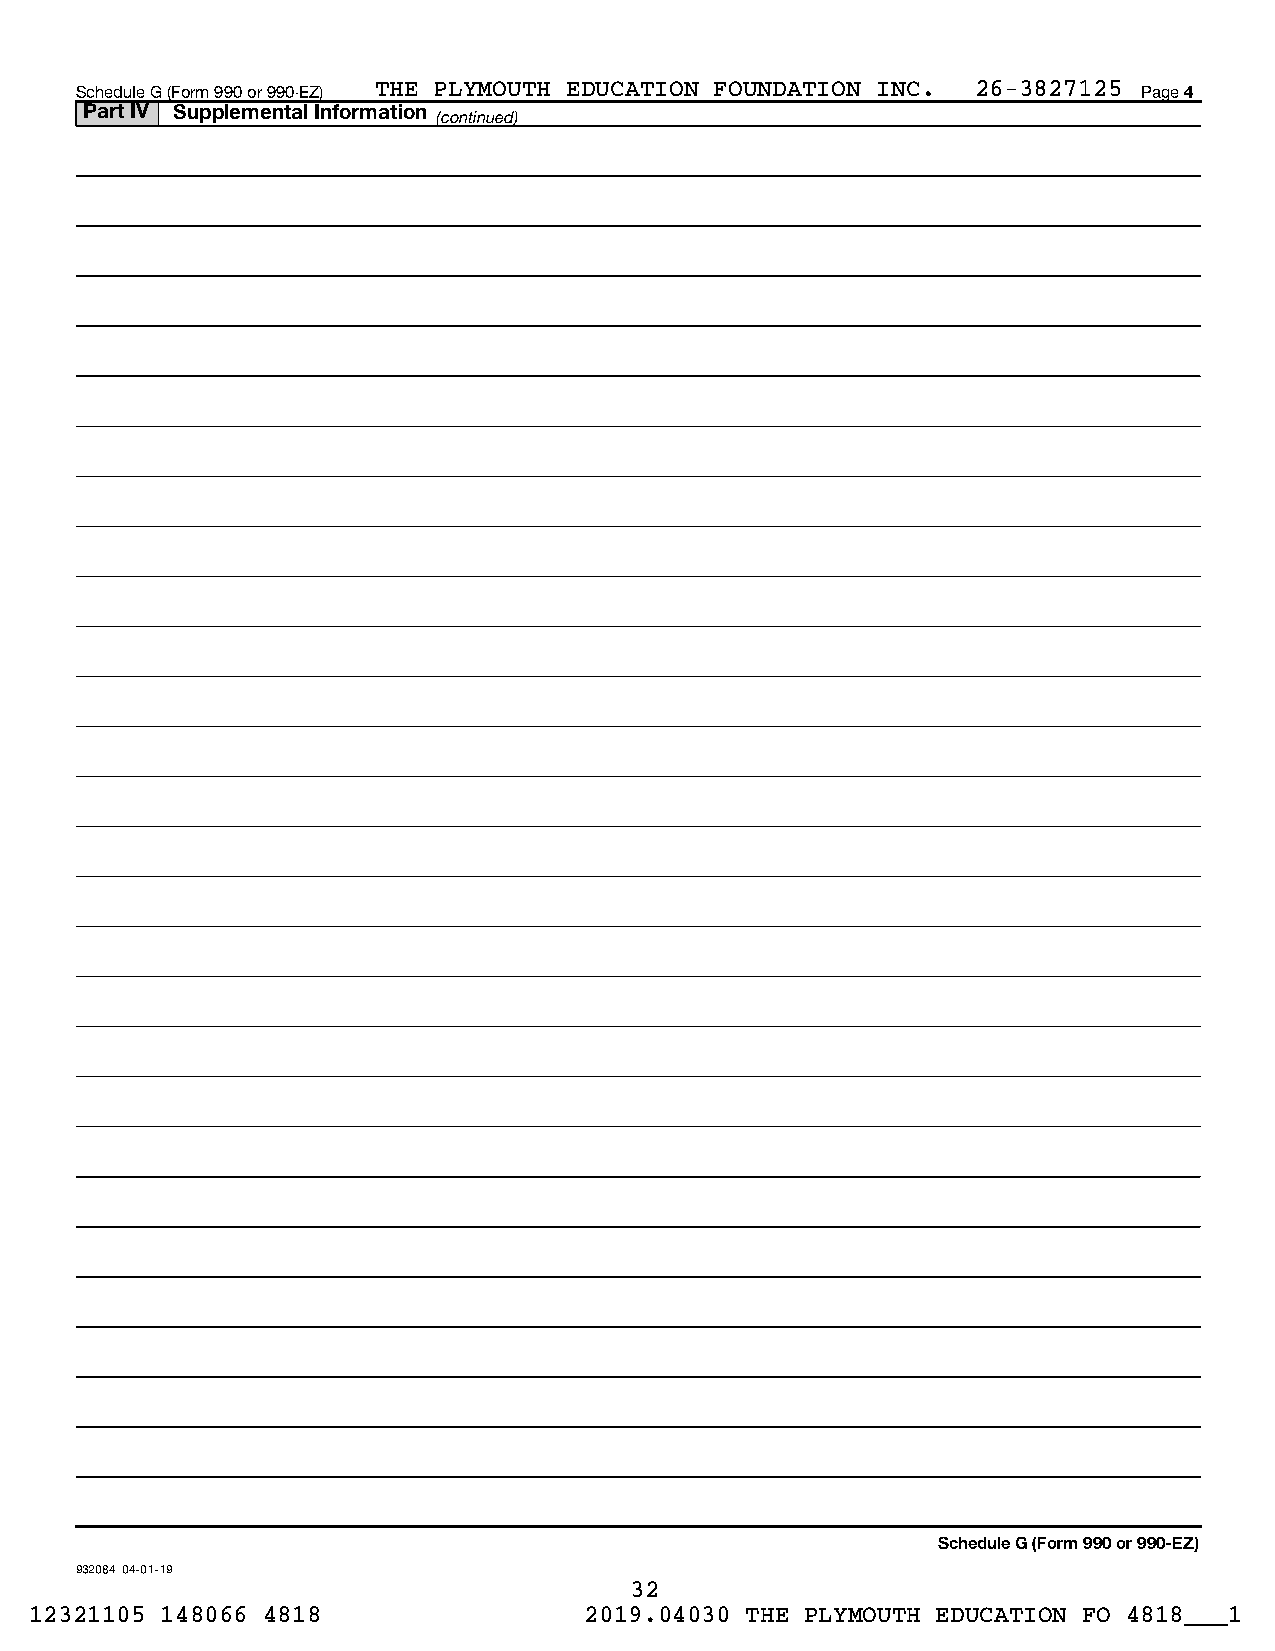
Schedule G (Form 990 or 990-EZ) THE PLYMOUTH EDUCATION FOUNDATION INC. 26-3827125 Page 4
 Part IV Supplemental Information
 (continued)
 Schedule G (Form 990 or 990-EZ)
 932084 04-01-19
 32
 12321105 148066 4818                 2019.04030 THE PLYMOUTH EDUCATION FO 4818___1